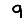
Digit: 9